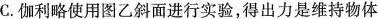
C.伽利略使用图乙斜面进行实验，得出力是维持物体